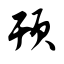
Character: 顸